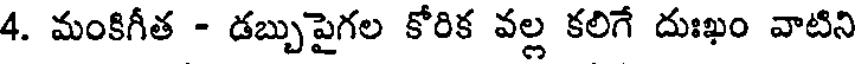
4. మంకిగీత - డబ్బుపైగల కోరిక వల్ల కలిగే దుఃఖం వాటిని